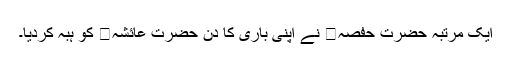
ایک مرتبہ حضرت حفصہ نے اپنی باری کا دن حضرت عائشہ کو ہبہ کردیا۔